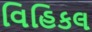
વિહિકલ